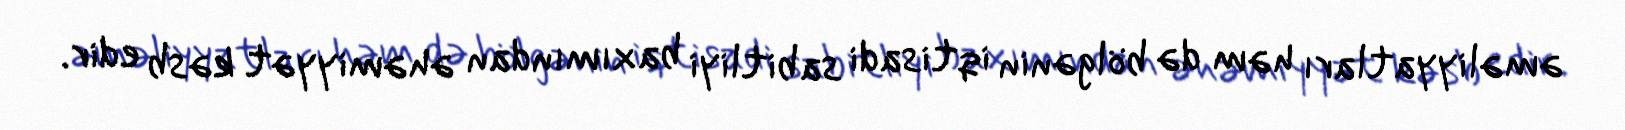
əməliyyatları həm də bölgənin iqtisadi sabitliyi baxımından əhəmiyyət kəsb edir.